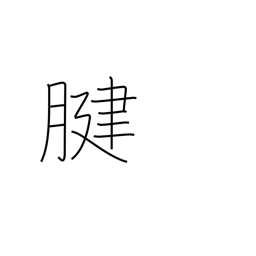
Meaning: tendon